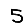
Digit: 5